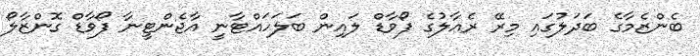
ބެންޒެމާގެ ބަދަލުގައި މިރޭ ރެއާލުގެ ފޯވާޑް ލައިން ބަލަހައްޓާނީ އާޖެންޓީނާ ފޯވާޑް ގޮންޒާލޯ